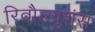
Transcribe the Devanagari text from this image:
रिवौल्युशंस